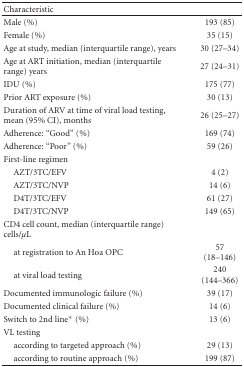
<table><thead><tr><td><b>Characteristic</b></td><td></td></tr></thead><tbody><tr><td>Male (%)</td><td>193 (85)</td></tr><tr><td>Female (%)</td><td>35 (15)</td></tr><tr><td>Age at study, median (interquartile range), years</td><td>30 (27–34)</td></tr><tr><td>Age at ART initiation, median (interquartile range) years</td><td>27 (24–31)</td></tr><tr><td>IDU (%)</td><td>175 (77)</td></tr><tr><td>Prior ART exposure (%)</td><td>30 (13)</td></tr><tr><td>Duration of ARV at time of viral load testing, mean (95% CI), months</td><td>26 (25–27)</td></tr><tr><td>Adherence: “Good” (%)</td><td>169 (74)</td></tr><tr><td>Adherence: “Poor” (%)</td><td>59 (26)</td></tr><tr><td>First-line regimen</td><td></td></tr><tr><td> AZT/3TC/EFV</td><td>4 (2)</td></tr><tr><td> AZT/3TC/NVP</td><td>14 (6)</td></tr><tr><td> D4T/3TC/EFV</td><td>61 (27)</td></tr><tr><td> D4T/3TC/NVP</td><td>149 (65)</td></tr><tr><td>CD4 cell count, median (interquartile range) cells/<i>μ</i>L</td><td></td></tr><tr><td> at registration to An Hoa OPC</td><td>57 (18–146)</td></tr><tr><td> at viral load testing</td><td>240 (144–366)</td></tr><tr><td>Documented immunologic failure (%)</td><td>39 (17)</td></tr><tr><td>Documented clinical failure (%)</td><td>14 (6)</td></tr><tr><td>Switch to 2nd line* (%)</td><td>13 (6)</td></tr><tr><td>VL testing</td><td></td></tr><tr><td> according to targeted approach (%)</td><td>29 (13)</td></tr><tr><td> according to routine approach (%)</td><td>199 (87)</td></tr></tbody></table>